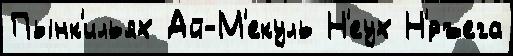
Пынк'ильях Ай-М'екуль Н'еух Н'́ръега